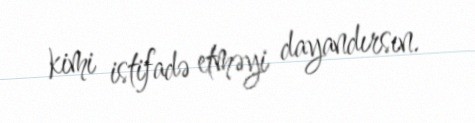
kimi istifadə etməyi dayandırsın.